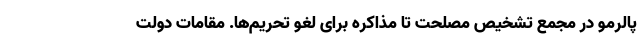
پالرمو در مجمع تشخیص مصلحت تا مذاکره برای لغو تحریم‌ها. مقامات دولت